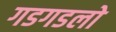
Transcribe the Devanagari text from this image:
गडगडलो